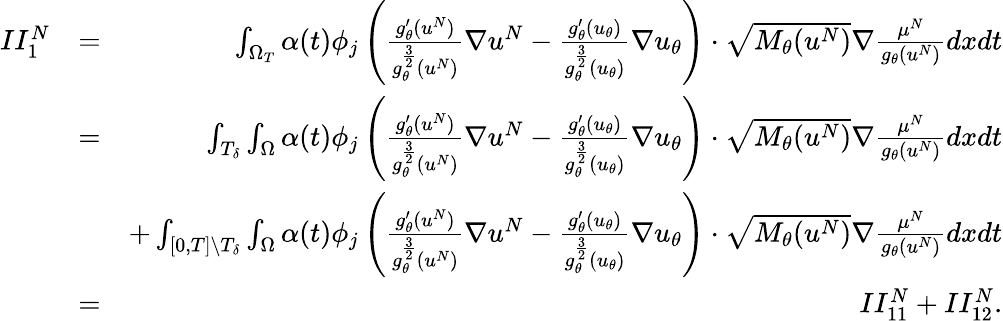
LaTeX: \begin{array}{rlr}{II_{1}^{N}}&{=}&{\int_{\Omega_{T}}\alpha(t)\phi_{j}\left(\frac{g_{\theta}^{\prime}(u^{N})}{g_{\theta}^{\frac{3}{2}}(u^{N})}\nabla u^{N}-\frac{g_{\theta}^{\prime}(u_{\theta})}{g_{\theta}^{\frac{3}{2}}(u_{\theta})}\nabla u_{\theta}\right)\cdot\sqrt{M_{\theta}(u^{N})}\nabla\frac{\mu^{N}}{g_{\theta}(u^{N})}dxdt}\\ &{=}&{\int_{T_{\delta}}\int_{\Omega}\alpha(t)\phi_{j}\left(\frac{g_{\theta}^{\prime}(u^{N})}{g_{\theta}^{\frac{3}{2}}(u^{N})}\nabla u^{N}-\frac{g_{\theta}^{\prime}(u_{\theta})}{g_{\theta}^{\frac{3}{2}}(u_{\theta})}\nabla u_{\theta}\right)\cdot\sqrt{M_{\theta}(u^{N})}\nabla\frac{\mu^{N}}{g_{\theta}(u^{N})}dxdt}\\ &{}&{+\int_{[0,T]\backslash T_{\delta}}\int_{\Omega}\alpha(t)\phi_{j}\left(\frac{g_{\theta}^{\prime}(u^{N})}{g_{\theta}^{\frac{3}{2}}(u^{N})}\nabla u^{N}-\frac{g_{\theta}^{\prime}(u_{\theta})}{g_{\theta}^{\frac{3}{2}}(u_{\theta})}\nabla u_{\theta}\right)\cdot\sqrt{M_{\theta}(u^{N})}\nabla\frac{\mu^{N}}{g_{\theta}(u^{N})}dxdt}\\ &{=}&{II_{11}^{N}+II_{12}^{N}.}\end{array}